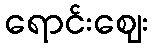
ရောင်းဈေး